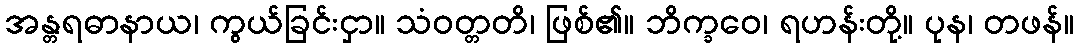
အန္တရဓာနာယ၊ ကွယ်ခြင်းငှာ။ သံဝတ္တတိ၊ ဖြစ်၏။ ဘိက္ခဝေ၊ ရဟန်းတို့။ ပုန၊ တဖန်။